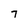
Character: 7